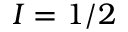
I = 1 / 2